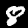
Digit: 8